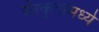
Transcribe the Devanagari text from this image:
संस्कृतामध्ये